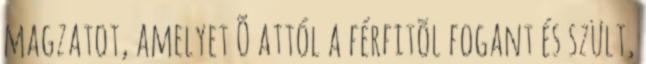
magzatot, amelyet Õ attól a férfitõl fogant és szült,